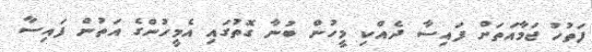
ފަތުހު ޖަމާއަތަށް ފައިސާ ދެއްކި މީހުން ބުނާ ގޮތުގައި އެމީހުންގެ އަތުން ފައިސާ